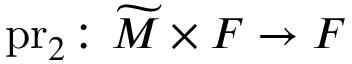
\mathrm { p r } _ { 2 } \colon \widetilde { M } \times F \rightarrow F